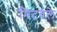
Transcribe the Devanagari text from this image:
मिटवले